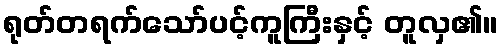
ရုတ်တရက်သော်ပင့်ကူကြီးနှင့် တူလှ၏။